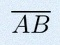
\overline{AB}